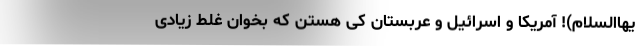
یهاالسلام)! آمریکا و اسرائیل و عربستان کی هستن که بخوان غلط زیادی